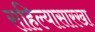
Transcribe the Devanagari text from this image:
राहिल्यासारखा